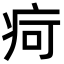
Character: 疴